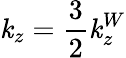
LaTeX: \mathit{k}_{z}=\frac{{3}}{{2}}\mathit{k}_{z}^{W}